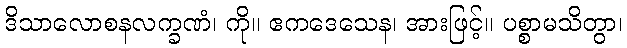
ဒိသာလောစနလက္ခဏံ၊ ကို။ ဧကဒေသေန၊ အားဖြင့်။ ပစ္စာမသိတွာ၊